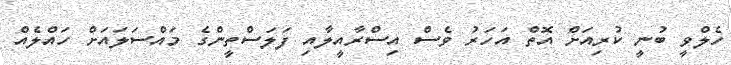
ހެލްވީ ބުނީ ކުރިއަށް އޮތް އަހަރު ވެސް އިސްރާއީލާއި ފަލަސްތީންގެ މައްސަލައަށް ހައްލެއް